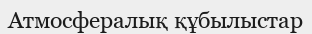
Атмосфералық құбылыстар